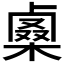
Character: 𠨇